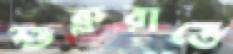
শুক্লরাতে